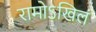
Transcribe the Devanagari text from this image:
रामोऽखिलं